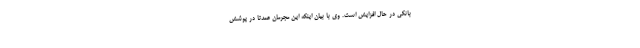
بانکی در حال افزایش است. وی با بیان اینکه این مجرمان عمدتا در پوشش